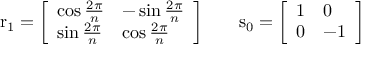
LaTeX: \mathrm { r } _ { 1 } = { \left[ \begin{array} { l l } { \cos { \frac { 2 \pi } { n } } } & { - \sin { \frac { 2 \pi } { n } } } \\ { \sin { \frac { 2 \pi } { n } } } & { \cos { \frac { 2 \pi } { n } } } \end{array} \right] } \qquad \mathrm { s } _ { 0 } = { \left[ \begin{array} { l l } { 1 } & { 0 } \\ { 0 } & { - 1 } \end{array} \right] }